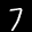
Label: 7